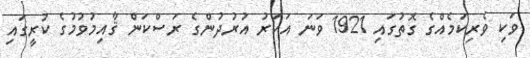
ވަކި ވެރިކަމެއްގެ ގޮތުގައި 1921 ވަނަ އަހަރު އުރުދުންގެ ރަސްކަން ޤާއިމުވުމުގެ ކުރީގައި